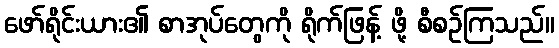
ဖော်ရိုင်းယား၏ စာအုပ်တွေကို ရိုက်ဖြန့် ဖို့ စီစဉ်ကြသည်။